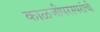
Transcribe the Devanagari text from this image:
काळजीपरस्परांची